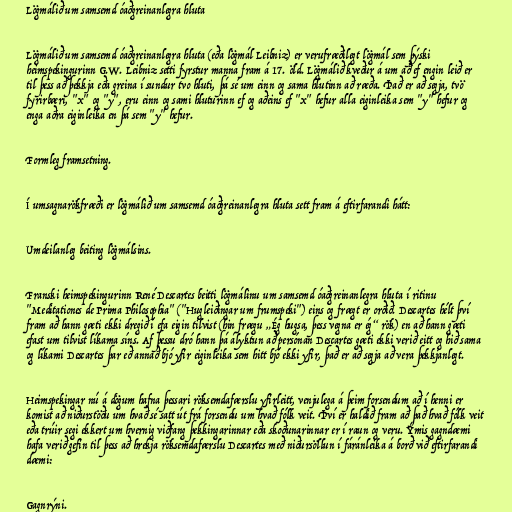
Lögmálið um samsemd óaðgreinanlegra hluta

Lögmálið um samsemd óaðgreinanlegra hluta (eða lögmál Leibniz) er verufræðilegt lögmál sem þýski
heimspekingurinn G.W. Leibniz setti fyrstur manna fram á 17. öld. Lögmálið kveður á um að ef engin leið er
til þess að þekkja eða greina í sundur tvo hluti, þá sé um einn og sama hlutinn að ræða. Það er að segja, tvö
fyrirbæri, "x" og "y", eru einn og sami hluturinn ef og aðeins ef "x" hefur alla eiginleika sem "y" hefur og
enga aðra eiginleika en þá sem "y" hefur.

Formleg framsetning.

Í umsagnarökfræði er lögmálið um samsemd óaðgreinanlegra hluta sett fram á eftirfarandi hátt:

Umdeilanleg beiting lögmálsins.

Franski heimspekingurinn René Descartes beitti lögmálinu um samsemd óaðgreinanlegra hluta í ritinu
"Meditationes de Prima Philosophia" ("Hugleiðingar um frumspeki") eins og frægt er orðið. Descartes hélt því
fram að hann gæti ekki dregið í efa eigin tilvist (hin frægu „Ég hugsa, þess vegna er ég“ rök) en að hann gæti
efast um tilvist líkama síns. Af þessu dró hann þá ályktun að persónan Descartes gæti ekki verið eitt og hið sama
og líkami Descartes þar eð annað bjó yfir eiginleika sem hitt bjó ekki yfir, það er að segja að vera þekkjanlegt.

Heimspekingar nú á dögum hafna þessari röksemdafærslu yfirleitt, venjulega á þeim forsendum að í henni er
komist að niðurstöðu um hvað sé satt út frá forsendu um hvað fólk veit. Því er haldið fram að það hvað fólk veit
eða trúir segi ekkert um hvernig viðfang þekkingarinnar eða skoðunarinnar er í raun og veru. Ýmis gagndæmi
hafa verið gefin til þess að hrekja röksemdafærslu Descartes með niðursöllun í fáránleika á borð við eftirfarandi
dæmi:

Gagnrýni.